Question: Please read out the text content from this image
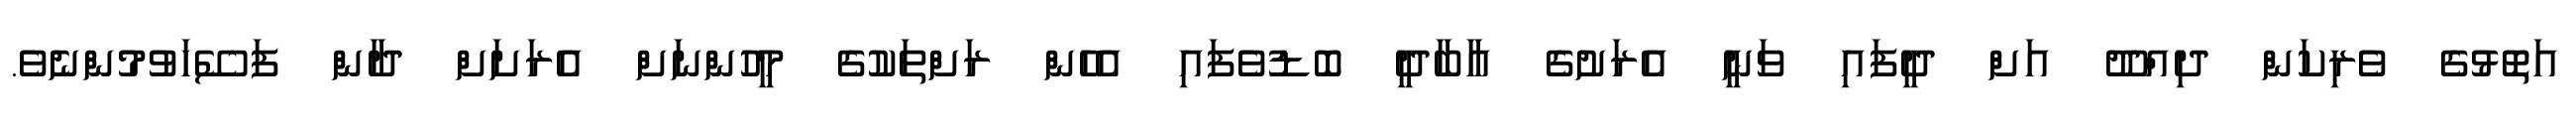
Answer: އަތޮޅުގެ ވެރިކަން ދިއްދޫ އަށް ދީފައި ވަނީ އެރަށުގެ އާބާދީ ބޮޑުވެފައި އެހެން ރަށްތަކުގެ މީހުންނަށް އެރަށަށް ދާން ފަސޭހަވުމުންނެވެ.